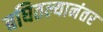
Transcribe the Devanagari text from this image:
बघितल्यानंतर